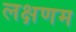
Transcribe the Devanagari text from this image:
लक्षणम